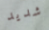
شديد